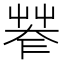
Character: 𦯤